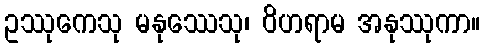
ဥဿုကေသု မနုဿေသု၊ ဝိဟရာမ အနုဿုကာ။